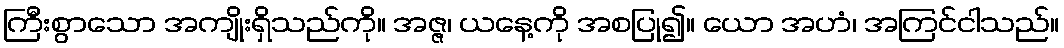
ကြီးစွာသော အကျိုးရှိသည်ကို။ အဇ္ဇ၊ ယနေ့ကို အစပြု၍။ ယော အဟံ၊ အကြင်ငါသည်။